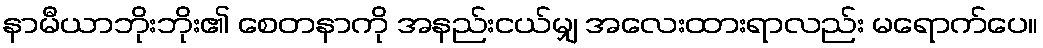
နာမီယာဘိုးဘိုး၏ စေတနာကို အနည်းငယ်မျှ အလေးထားရာလည်း မရောက်ပေ။